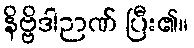
နိဗ္ဗိဒါဉာဏ် ပြီး၏။